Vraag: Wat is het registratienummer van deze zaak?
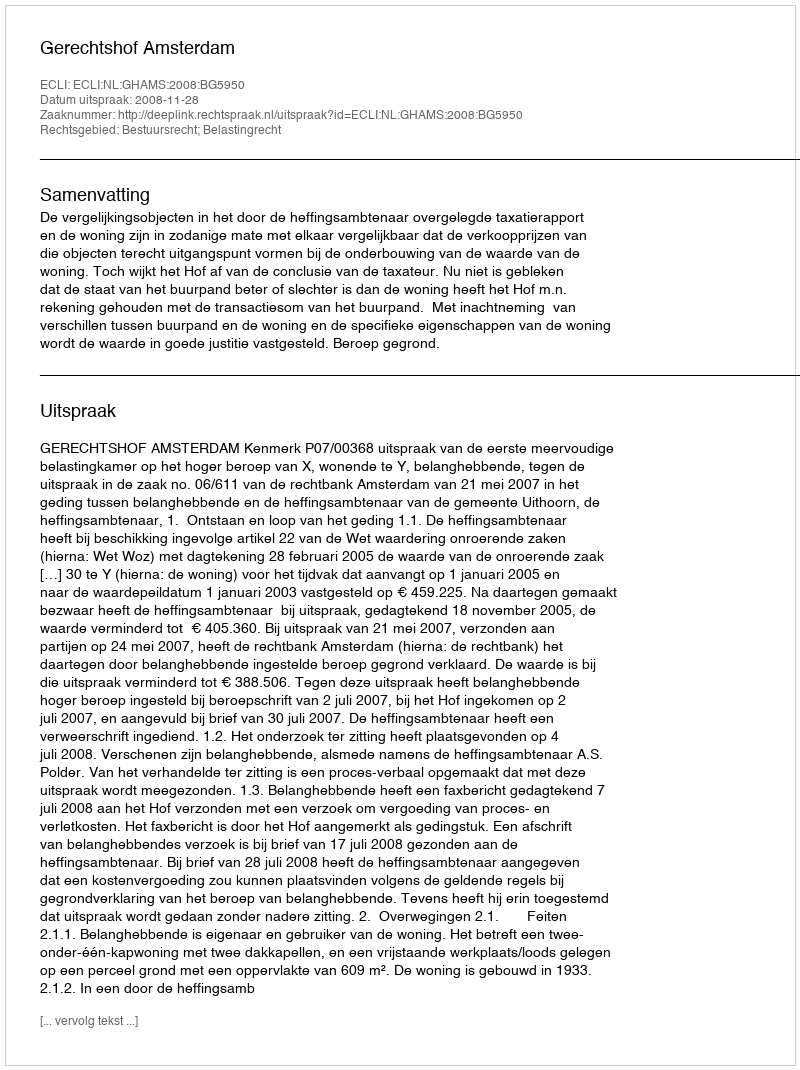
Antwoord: http://deeplink.rechtspraak.nl/uitspraak?id=ECLI:NL:GHAMS:2008:BG5950